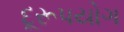
દૂરૂપયોગ